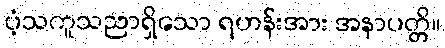
ပံ့သကူသညာရှိသော ရဟန်းအား အနာပတ္တိ။